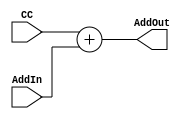
module Branch_Adder(AddOut, AddIn, CC);

input[15:0] AddIn, CC;
output[15:0] AddOut;

assign AddOut = CC + AddIn;

endmodule